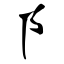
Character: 阝